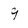
Character: 9